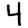
Digit: 4